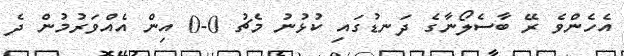
އެހެންވެ ރޭ ބާސެލޯނާގެ ދަނޑުގައި ކުޅުނު މެޗު 0-0 އިން އެއްވަރުމުން ދެ